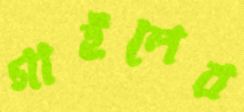
গাইলের